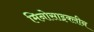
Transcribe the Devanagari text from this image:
मिनोसाइक्लीन